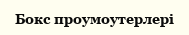
Бокс проумоутерлері